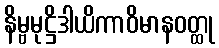
နိမ္ဗမုဋ္ဌိဒါယိကာဝိမာနဝတ္ထု